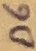
Text: D6